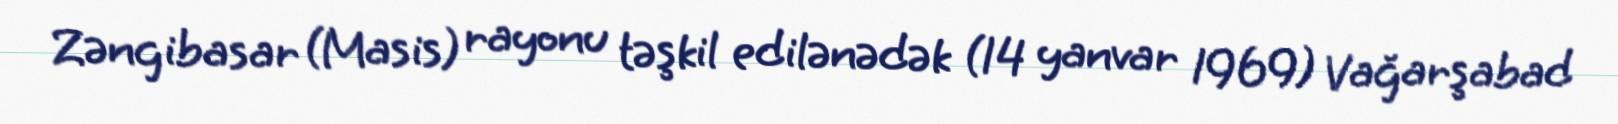
Zəngibasar (Masis) rayonu təşkil edilənədək (14 yanvar 1969) Vağarşabad